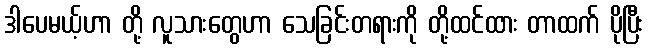
ဒါပေမယ့်ဟာ တို့ လူသားတွေဟာ သေခြင်းတရားကို တို့ထင်ထား တာထက် ပိုပြီး